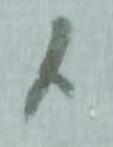
候